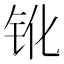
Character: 𨱂